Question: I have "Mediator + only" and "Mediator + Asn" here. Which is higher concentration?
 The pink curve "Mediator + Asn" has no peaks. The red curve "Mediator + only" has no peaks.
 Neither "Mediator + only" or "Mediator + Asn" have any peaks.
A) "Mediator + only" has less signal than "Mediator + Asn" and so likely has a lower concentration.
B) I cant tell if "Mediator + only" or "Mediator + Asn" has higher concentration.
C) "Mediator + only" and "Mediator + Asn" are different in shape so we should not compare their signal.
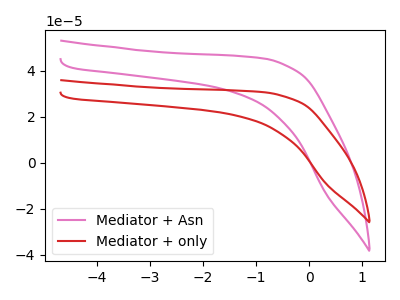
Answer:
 <answer>B) I cant tell if "Mediator + only" or "Mediator + Asn" has higher concentration.</answer>
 <eval>B</eval>